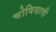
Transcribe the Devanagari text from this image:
चोविसावी